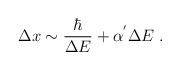
LaTeX: \begin{align*}\Delta x \sim \frac{\hbar}{\Delta E} + \alpha^{'} \Delta E\;.\end{align*}